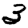
Digit: 3